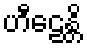
ဟီဠေန္တိ